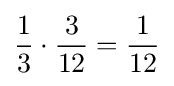
{1 \over 3}\cdot {3 \over 12}={1 \over 12}